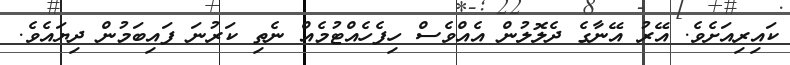
ކައިރިއަށެވެ. އޭރު އޭނާގެ ދެލޮލުން އެއްވެސް ހިފެހެއްޓުމެއް ނެތި ކަރުނަ ފައިބަމުން ދިޔައެވެ.